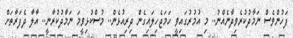
ފަހުންވެސް ނަމާދުކުރެވިދާނެއްނު.. މި އުމުރުގައިވީ ހަމަޖެހިލައިގެން ދިރިއުޅެން.. މުސްކުޅިވީމަ ނަމާދުކުރާނީ.. އާލާ ދެފަރާތަށް